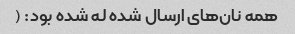
همه نان‌های ارسال شده له شده بود: (